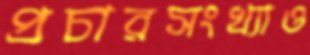
প্রচারসংখ্যাও